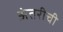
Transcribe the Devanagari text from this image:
अंतरीची